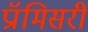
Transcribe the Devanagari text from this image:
प्रॉमिसरी